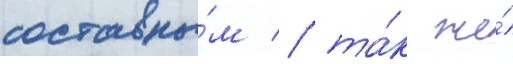
составны́м / та́к же́